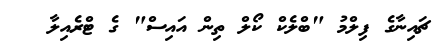
ޗައިނާގެ ފިލްމު "ބްލެކް ކޯލް ތިން އައިސް" ގެ ޓްރެއިލާ